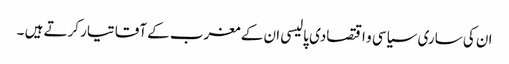
ان کی ساری سیاسی و اقتصادی پالیسی ان کے مغرب کے آقا تیار کرتے ہیں ۔